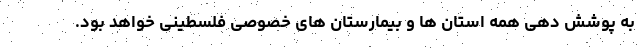
به پوشش دهی همه استان ها و بیمارستان های خصوصی فلسطینی خواهد بود.